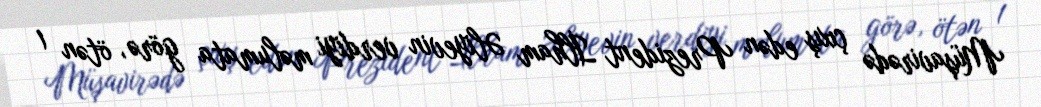
Müşavirədə çıxış edən Prezident İlham Əliyevin verdiyi məlumata görə, ötən 1